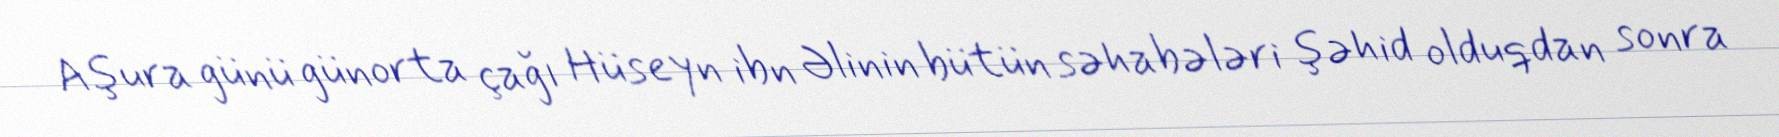
Aşura günü günorta çağı Hüseyn ibn Əlinin bütün səhabələri şəhid olduqdan sonra